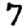
Digit: 7